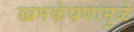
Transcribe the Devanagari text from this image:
खमकेपणामुळे